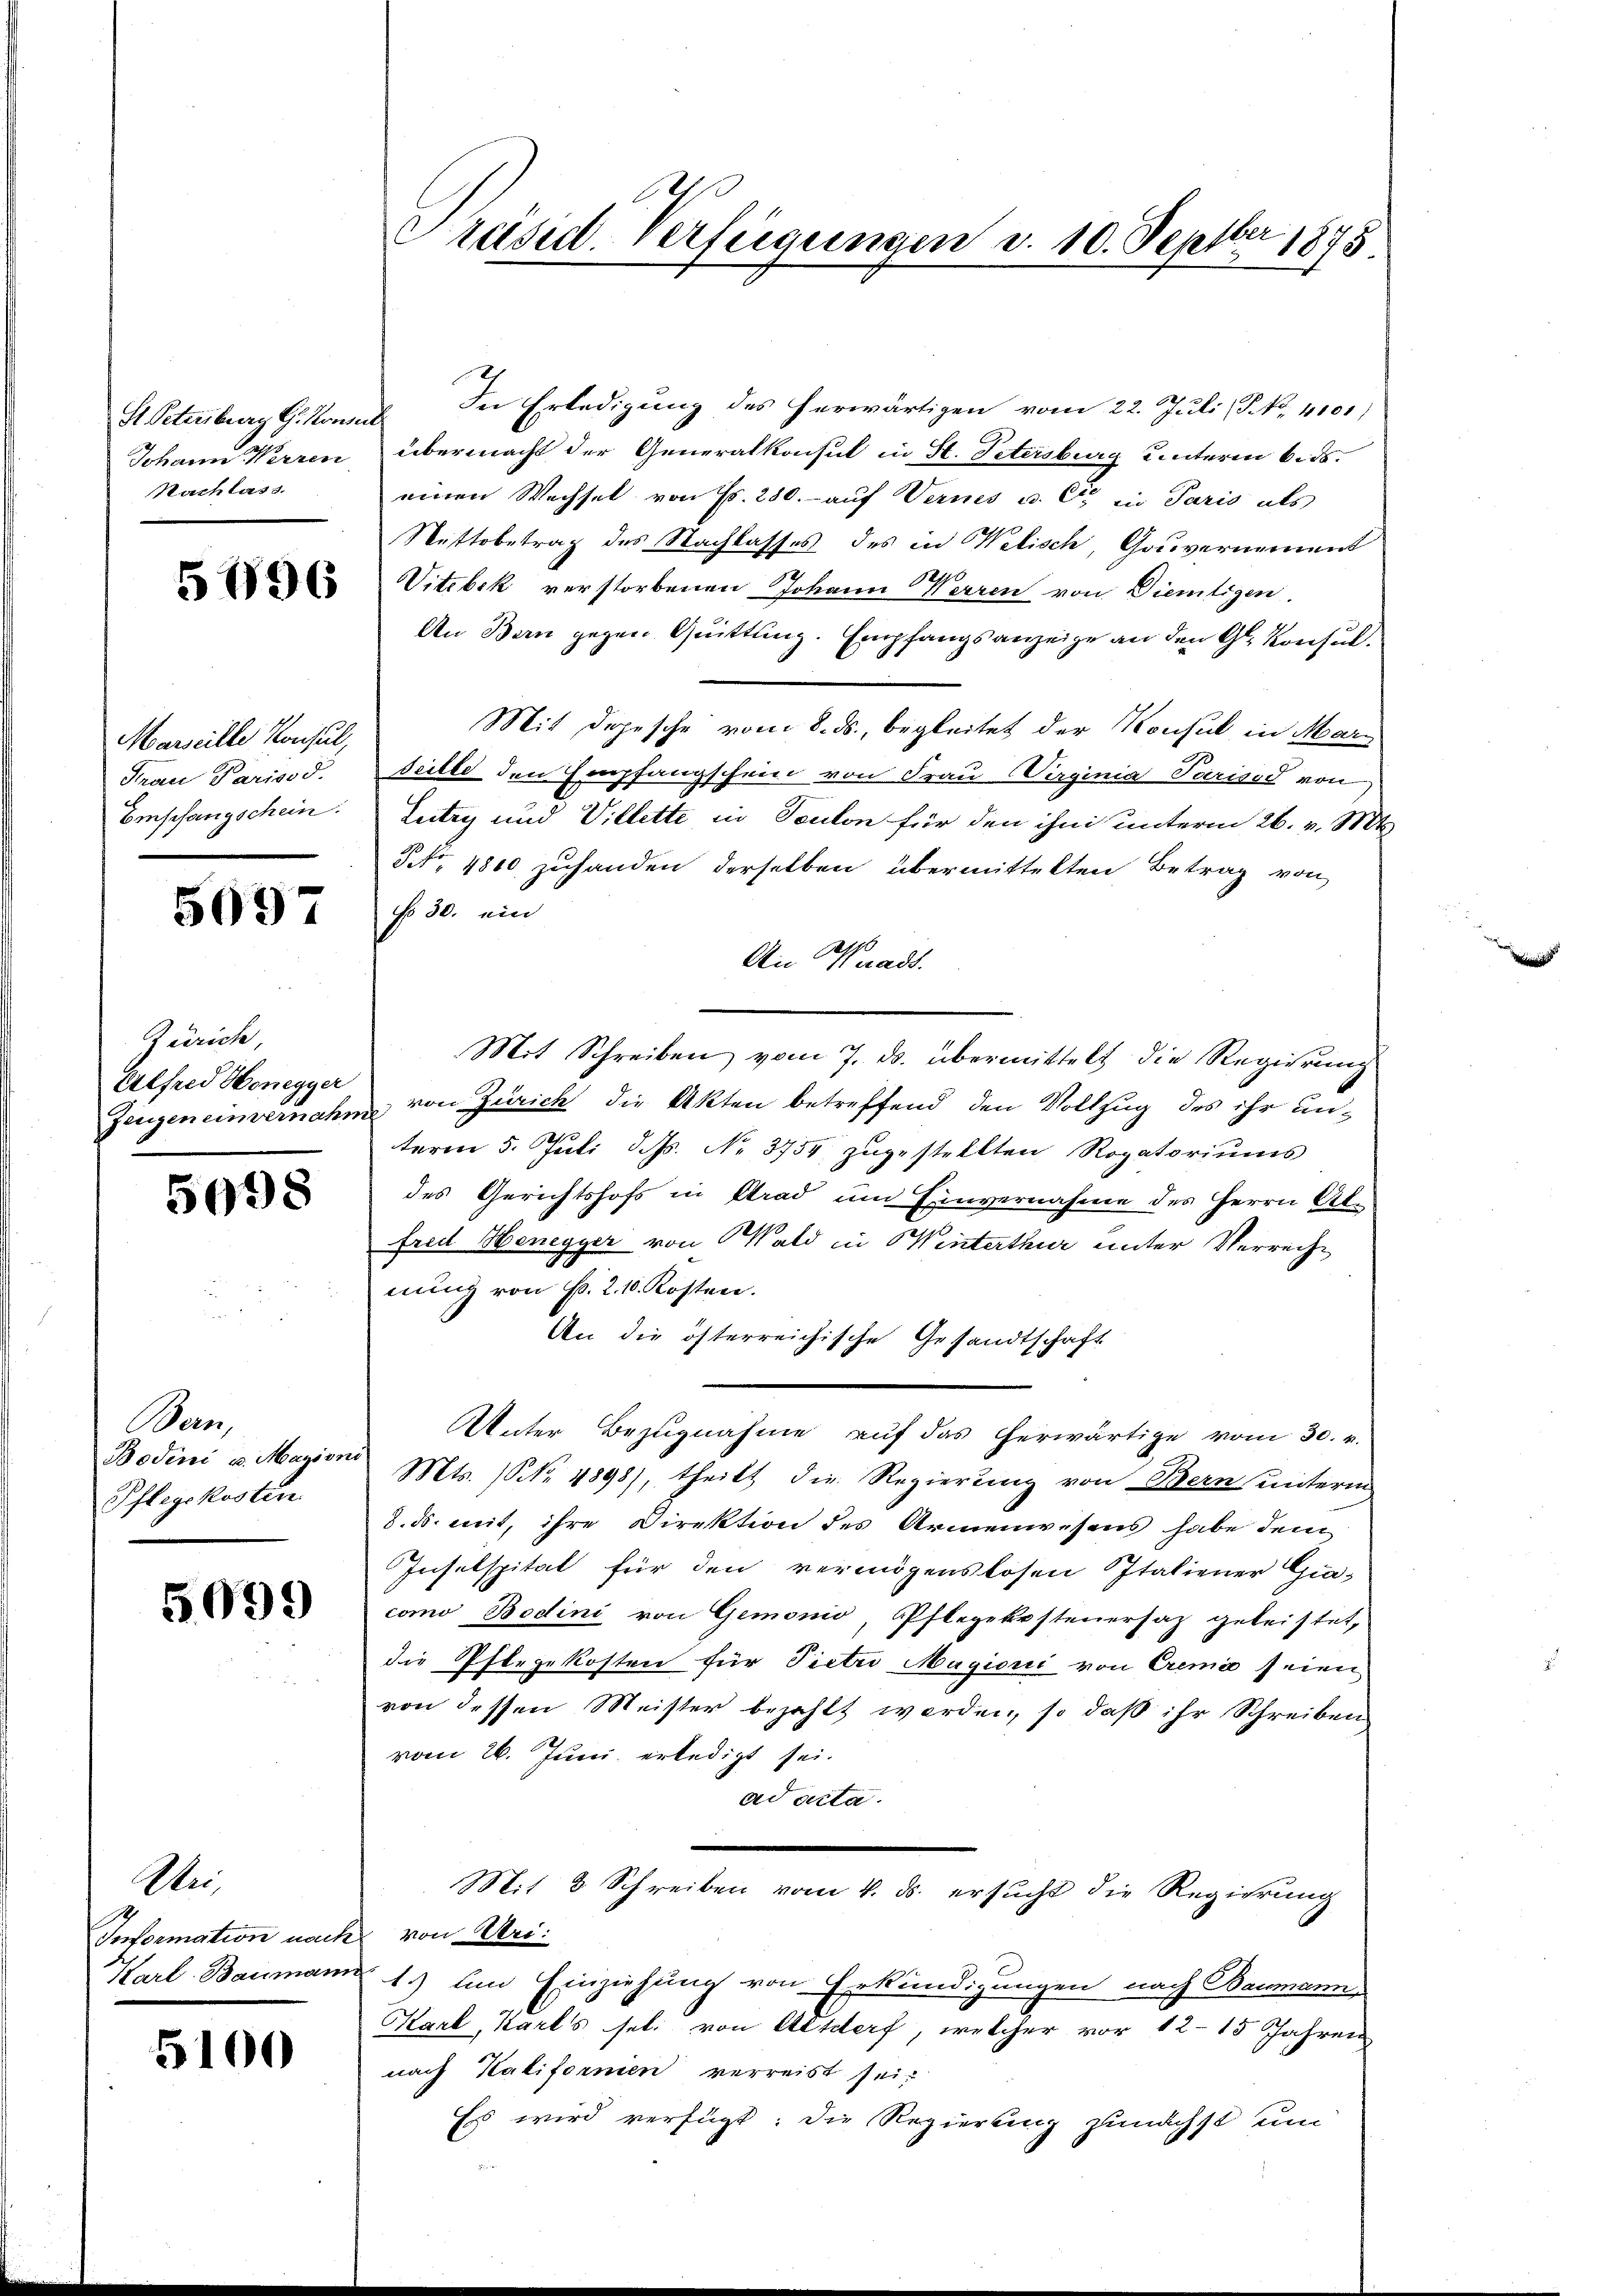
Nachlass.

5796

Marseille Konsul,
Frau Parisod.
Empfangschein:

5697

Zürich,
Erlfred Honegger

5098

Ben
Pflegskosten.

5099

Ai
Information nach von Uri:

5100

.
Präsid. Verfügungen d. 10. Septber 1875

S. Petenburg G. kannt. In Erledigung des herwärtigen vom 22. Juli P. No. 4101)
Johann Werren übermacht der Generalkonsul in St. Petersburg unterm 6. ds.
einen Wechsel von Fr. 280. auf Vernes u. Cie in Paris als
Nettobetrag des Nachlasses des in Welisch, Gouvernement
Witebek verstorbenen Johann Werren von Dientigen.
4
An Bern gegen Quittung. Empfangsanzeige an den G. Konsul¬
Mit Depesche vom 8. ds., begleitet der Konsul in Marseille den Empfangschein von Frau Virginia Parised von
Leitig und Villette in Teuton für den ihm unterm 26. v. Mt
Nr. 1810 zuhanden derselben übermittelten Betrag von
No 30. ein
An Waadt.
Mit Schreiben vom 7. ds. übermittelt die Regierung
Zeugeneinvernahme von Zürich die Akten betreffend den Vollzug des ihr unterm 5. Juli d. M. No. 3754 zugestellten Rogatoriums
des Gerichtshofs in Grad und Einvernahme des Herrn Abfred Henegger von Wald in Winterthur unter Verrechnung von Fr. 2. 10. Kosten.
An die österreichische Gesandtschaft
Unter Bezugnahme auf das herwärtige vom 30. v.
Bodini v. Mazion Mts. (NNo. 4898), theilt die Regierung von Bern unterm
8. ds. mit, ihre Direktion des Armenwesens habe dem
Insulspitat für den vermögenslosen Italiener Gia-
como Bodini von Gemonio, Pflegekosteuersaz geleistet,
die Pflegekosten für Pietri Magiorii von Cremie seien
von dessen Meister bezahlt werden, so daß ihr Schreiben
vom 26. Juni erledigt sei.
ad acta.
Mit 3 Schreiben vom 4. ds. ersŭcht die Regierung
Karl Baumann 1.) um Einziehung von Erkundigungen nach Baumann
Karl, Karls sel. von Altdorf, welcher vor 12–15 Jahren
nach Kalifornien verreist sei,
Es wird verfügt: die Regierung zunächst um